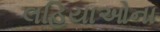
લહિયાઓના